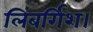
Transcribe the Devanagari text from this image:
लिंबर्गिश।